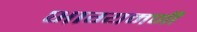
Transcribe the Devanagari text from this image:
भाग्यमणी